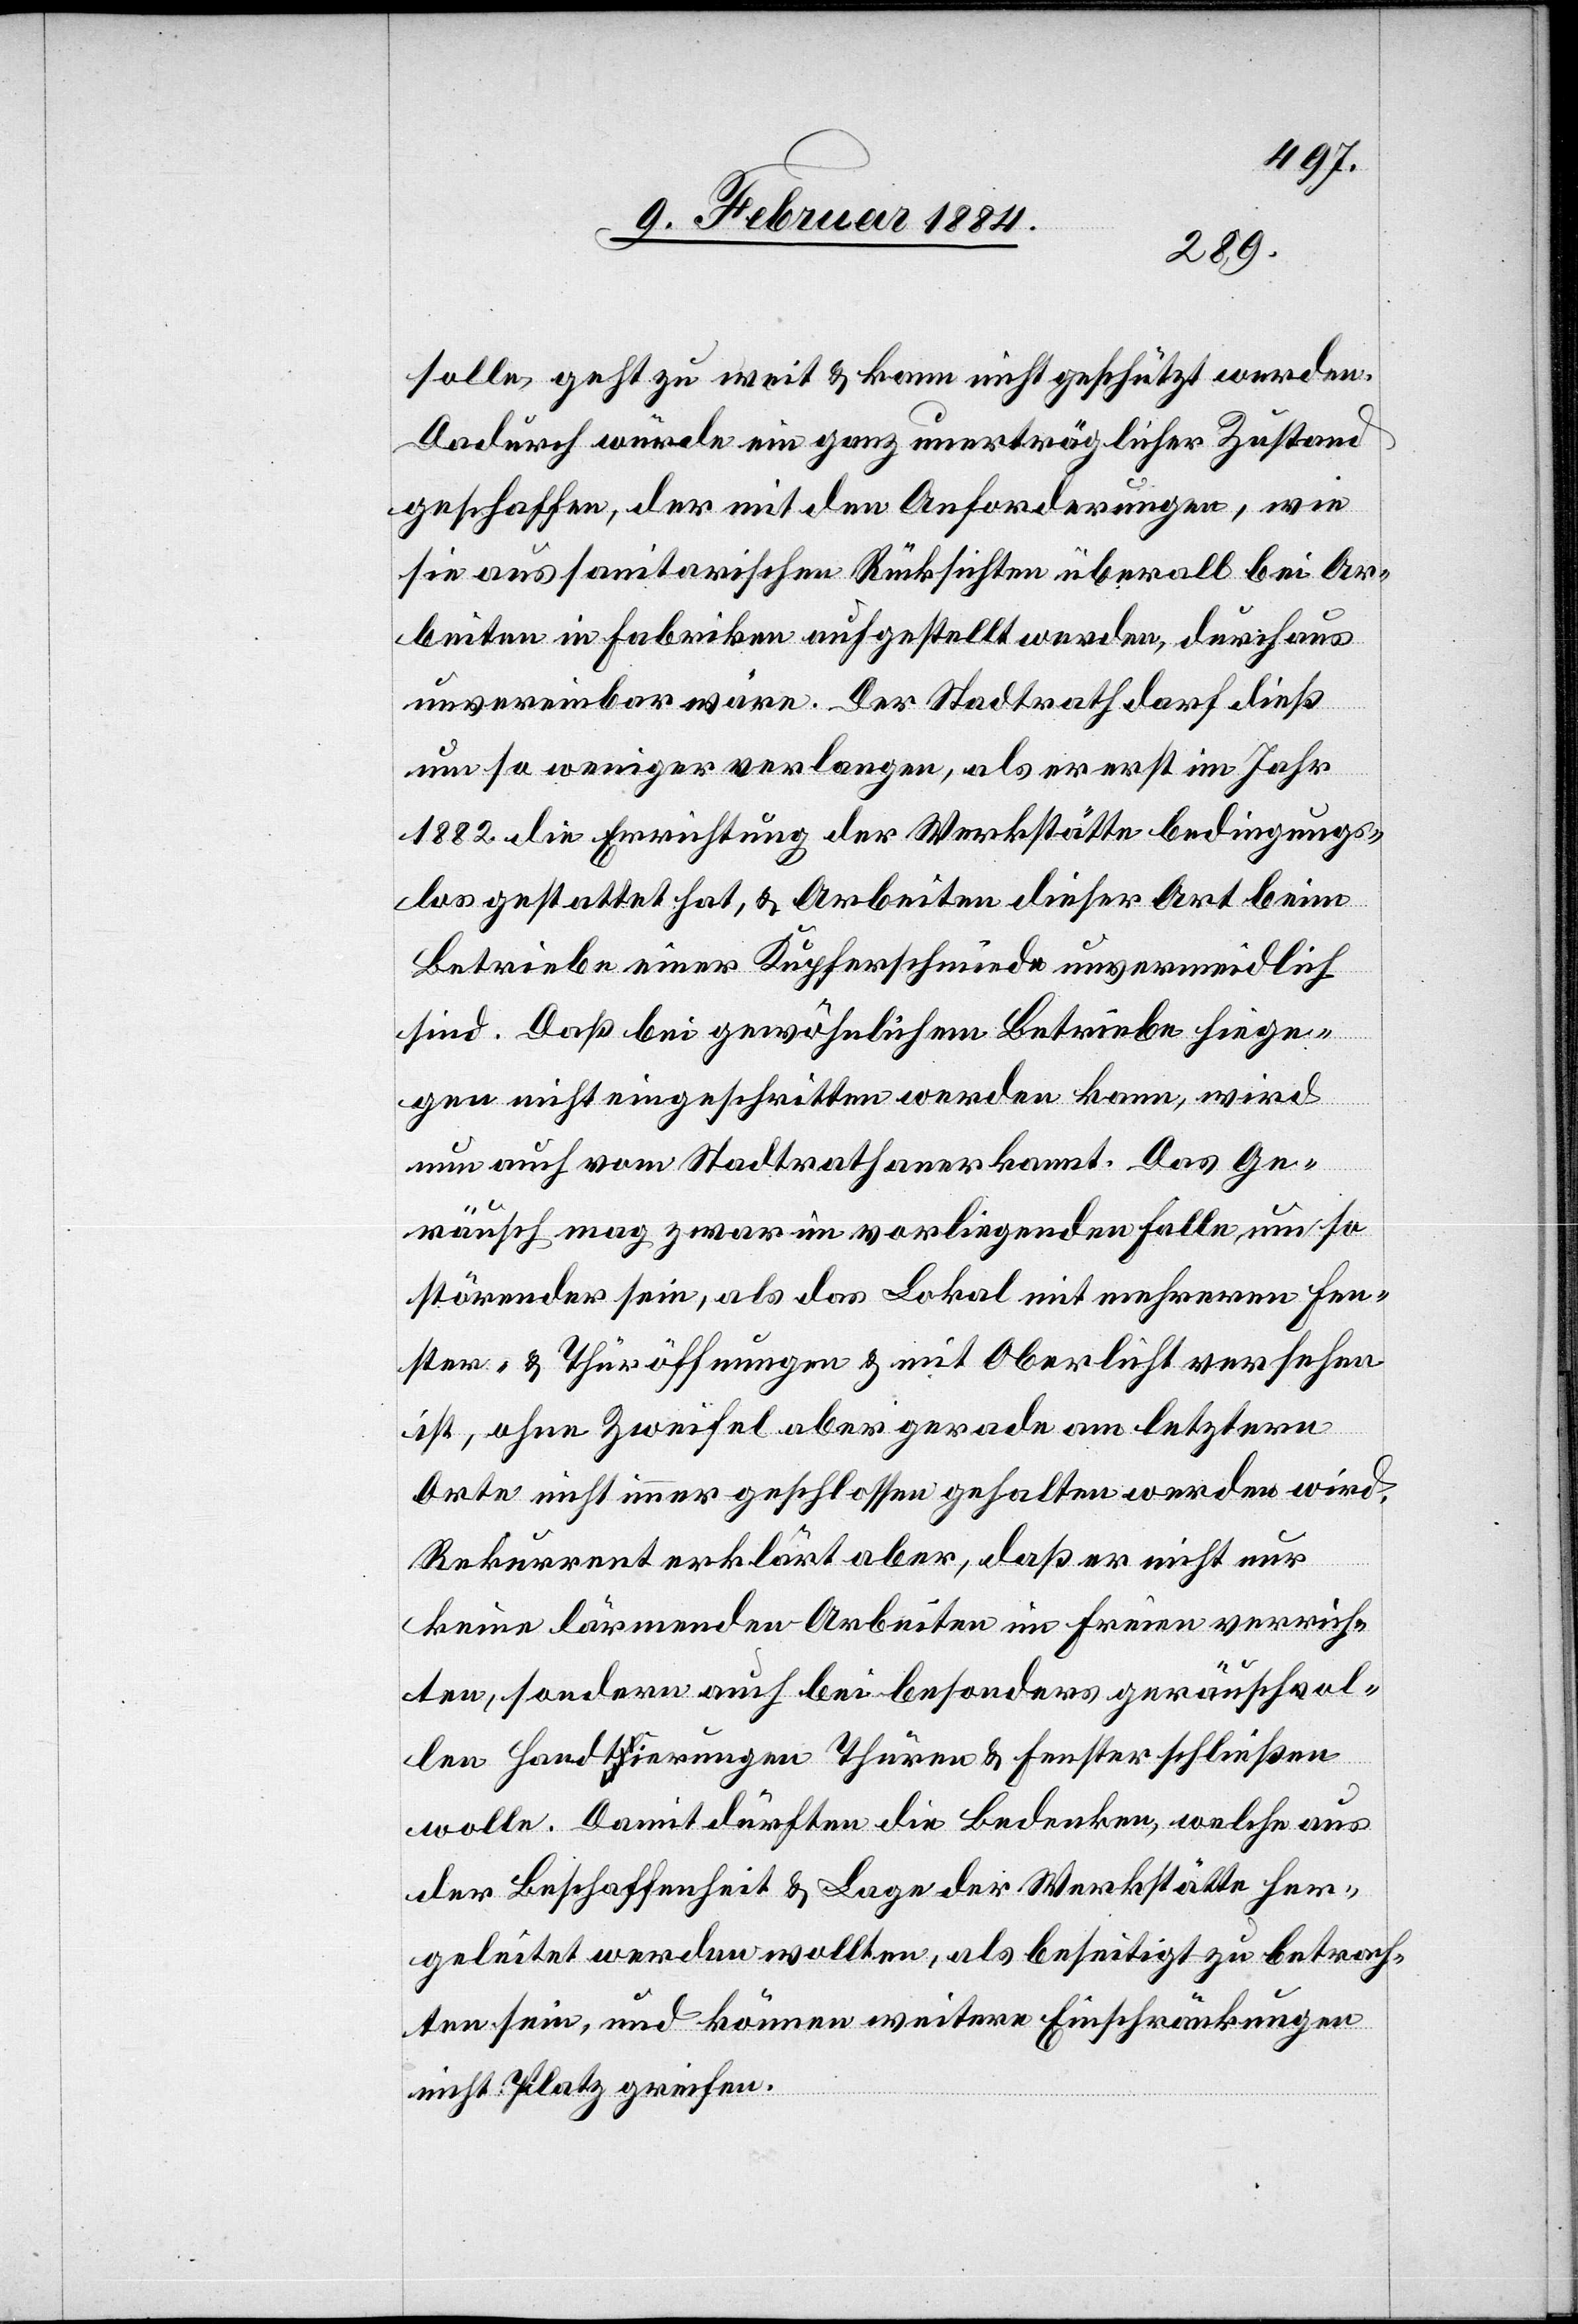
solle, geht zu weit & kann nicht geschützt werden.
Dadurch würde ein ganz unerträglicher Zustand
geschaffen, der mit den Anforderungen, wie
sie aus sanitarischen Rücksichten überall bei Ar¬
beiten in Fabriken aufgestellt werden, durchaus
unvereinbar wäre. Der Stadtrath darf dieß
um so weniger verlangen, als er erst im Jahr
1882 die Errichtung der Werkstätte bedingungs¬
los gestattet hat, & Arbeiten dieser Art beim
Betriebe einer Kupferschmiede unvermeidlich
sind. Daß bei gewöhnlichem Betriebe hinge¬
gen nicht eingeschritten werden kann, wird
nun auch vom Stadtrathe anerkannt. Das Ge¬
räusch mag zwar im vorliegenden Falle, um so
störender sein, als das Lokal mit mehreren Fen¬
stern, & Thüröffnungen & mit Oberlicht versehen
ist, ohne Zweifel aber gerade am letztern
Orte nicht immer geschlossen gehalten werden wird.
Rekurrent erklärt aber, daß er nicht nur
keine lärmenden Arbeiten im Freien verrich¬
ten, sondern auch bei besonders geräuschvol¬
len Handtierungen Thüren & Fenster schließen
wolle. Damit dürften die Bedenken, welche aus
der Beschaffenheit & Lage der Werkstätte her¬
geleitet werden wollten, als beseitigt zu betrach¬
ten sein, und können weitere Einschränkungen
nicht Platz greifen.